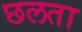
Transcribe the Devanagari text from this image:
छलता